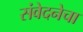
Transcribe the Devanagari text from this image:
संवेदनेचा